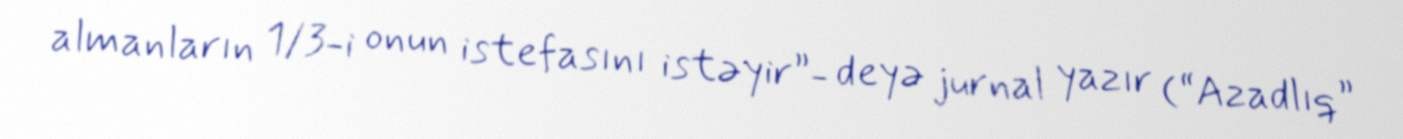
almanların 1/3-i onun istefasını istəyir”- deyə jurnal yazır (“Azadlıq”